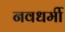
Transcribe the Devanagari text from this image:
नवधर्मी